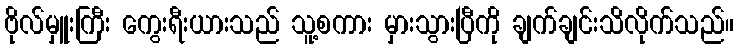
ဗိုလ်မှူးကြီး ကွေးရီးယားသည် သူ့စကား မှားသွားပြီကို ချက်ချင်းသိလိုက်သည်။